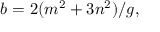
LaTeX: b = 2 ( m ^ { 2 } + 3 n ^ { 2 } ) / g ,